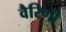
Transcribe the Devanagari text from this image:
वैरिणी